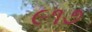
૯૧૭